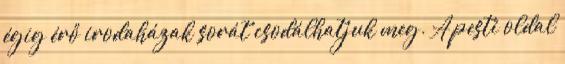
égig érő irodaházak sorát csodálhatjuk meg. A pesti oldal